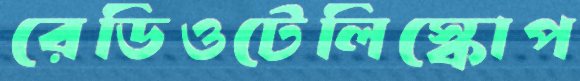
রেডিওটেলিস্কোপ